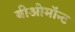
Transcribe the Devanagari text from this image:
बीओमॉन्ट